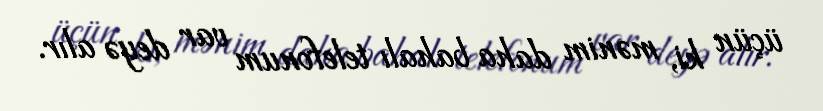
üçün ki, mənim daha bahalı telefonum var deyə alır.